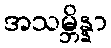
အသမ္ဘိန္နာ